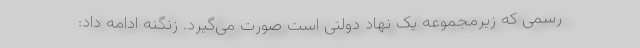
رسمی که زیرمجموعه یک نهاد دولتی است صورت می‌گیرد. زنگنه ادامه داد: